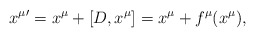
\begin{align*}{x^\mu}'=x^\mu+[D,x^\mu]=x^\mu+f^\mu(x^\mu), \end{align*}